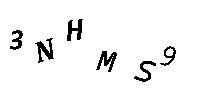
3NHMS9